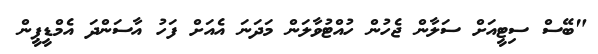
"ބޭސް ސިޓީއަށް ސަލާން ޖެހުން ހުއްޓުވާލަން މަދަނަ އެއަށް ފަހު އާސަންދަ އެމްޑީޕީން